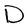
Character: D